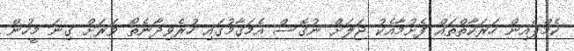
ކެމްޕެއިން ހަރަކާތްތައް ފެށުމާއެކު ޖަލަށް ނުގޮސް އެމަޤާމުގައި ހުރެވިދާނެތޯ ވަރަށް ގިނަ މީހުން